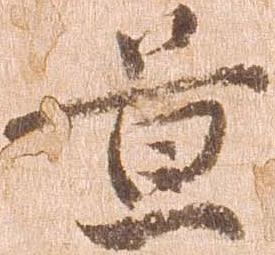
置